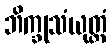
ဘိက္ခုသံယုတ္တံ